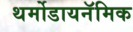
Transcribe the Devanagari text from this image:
थर्मोडायनॅमिक